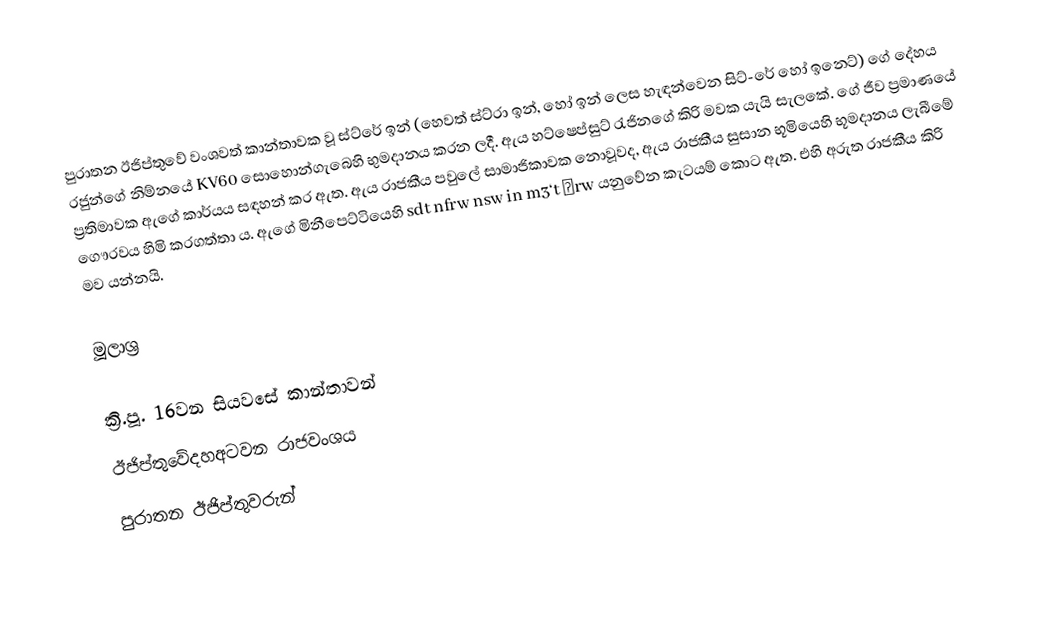
පුරාතන ඊජිප්තුවේ වංශවත් කාන්තාවක වූ ස්ට්රේ ඉන් (හෙවත් ස්ට්රා ඉන්, හෝ ඉන් ලෙස හැඳන්වෙන සිට්-රේ හෝ ඉනෙට්) ගේ දේහය රජුන්ගේ නිම්නයේ KV60 සොහොන්ගැබෙහි භුමදානය කරන ලදී. ඇය හට්ෂෙප්සුට් රැජිනගේ කිරි මවක යැයි සැලකේ. ගේ ජීව ප්‍රමාණයේ ප්‍රතිමාවක ඇගේ කාර්යය සඳහන් කර ඇත. ඇය රාජකීය පවුලේ සාමාජිකාවක නොවූවද, ඇය රාජකීය සුසාන භූමියෙහි භූමදානය ලැබීමේ ගෞරවය හිමි කරගත්තා ය. ඇගේ මිනීපෙට්ටියෙහි sdt nfrw nsw in m3‘t ḥrw යනුවේන කැටයම් කොට ඇත. එහි අරුත රාජකීය කිරි මව යන්නයි.

මූලාශ්‍ර

ක්‍රි.පූ. 16වන සියවසේ කාන්තාවන්
ඊජිප්තුවේදහඅටවන රාජවංශය
පුරාතන ඊජිප්තුවරුන්